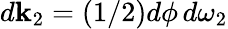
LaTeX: d{\mathbf k}_{2}=(1/2)d\phi\, d\omega_{2}